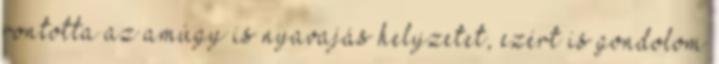
rontotta az amúgy is nyavajás helyzetet, ezért is gondolom